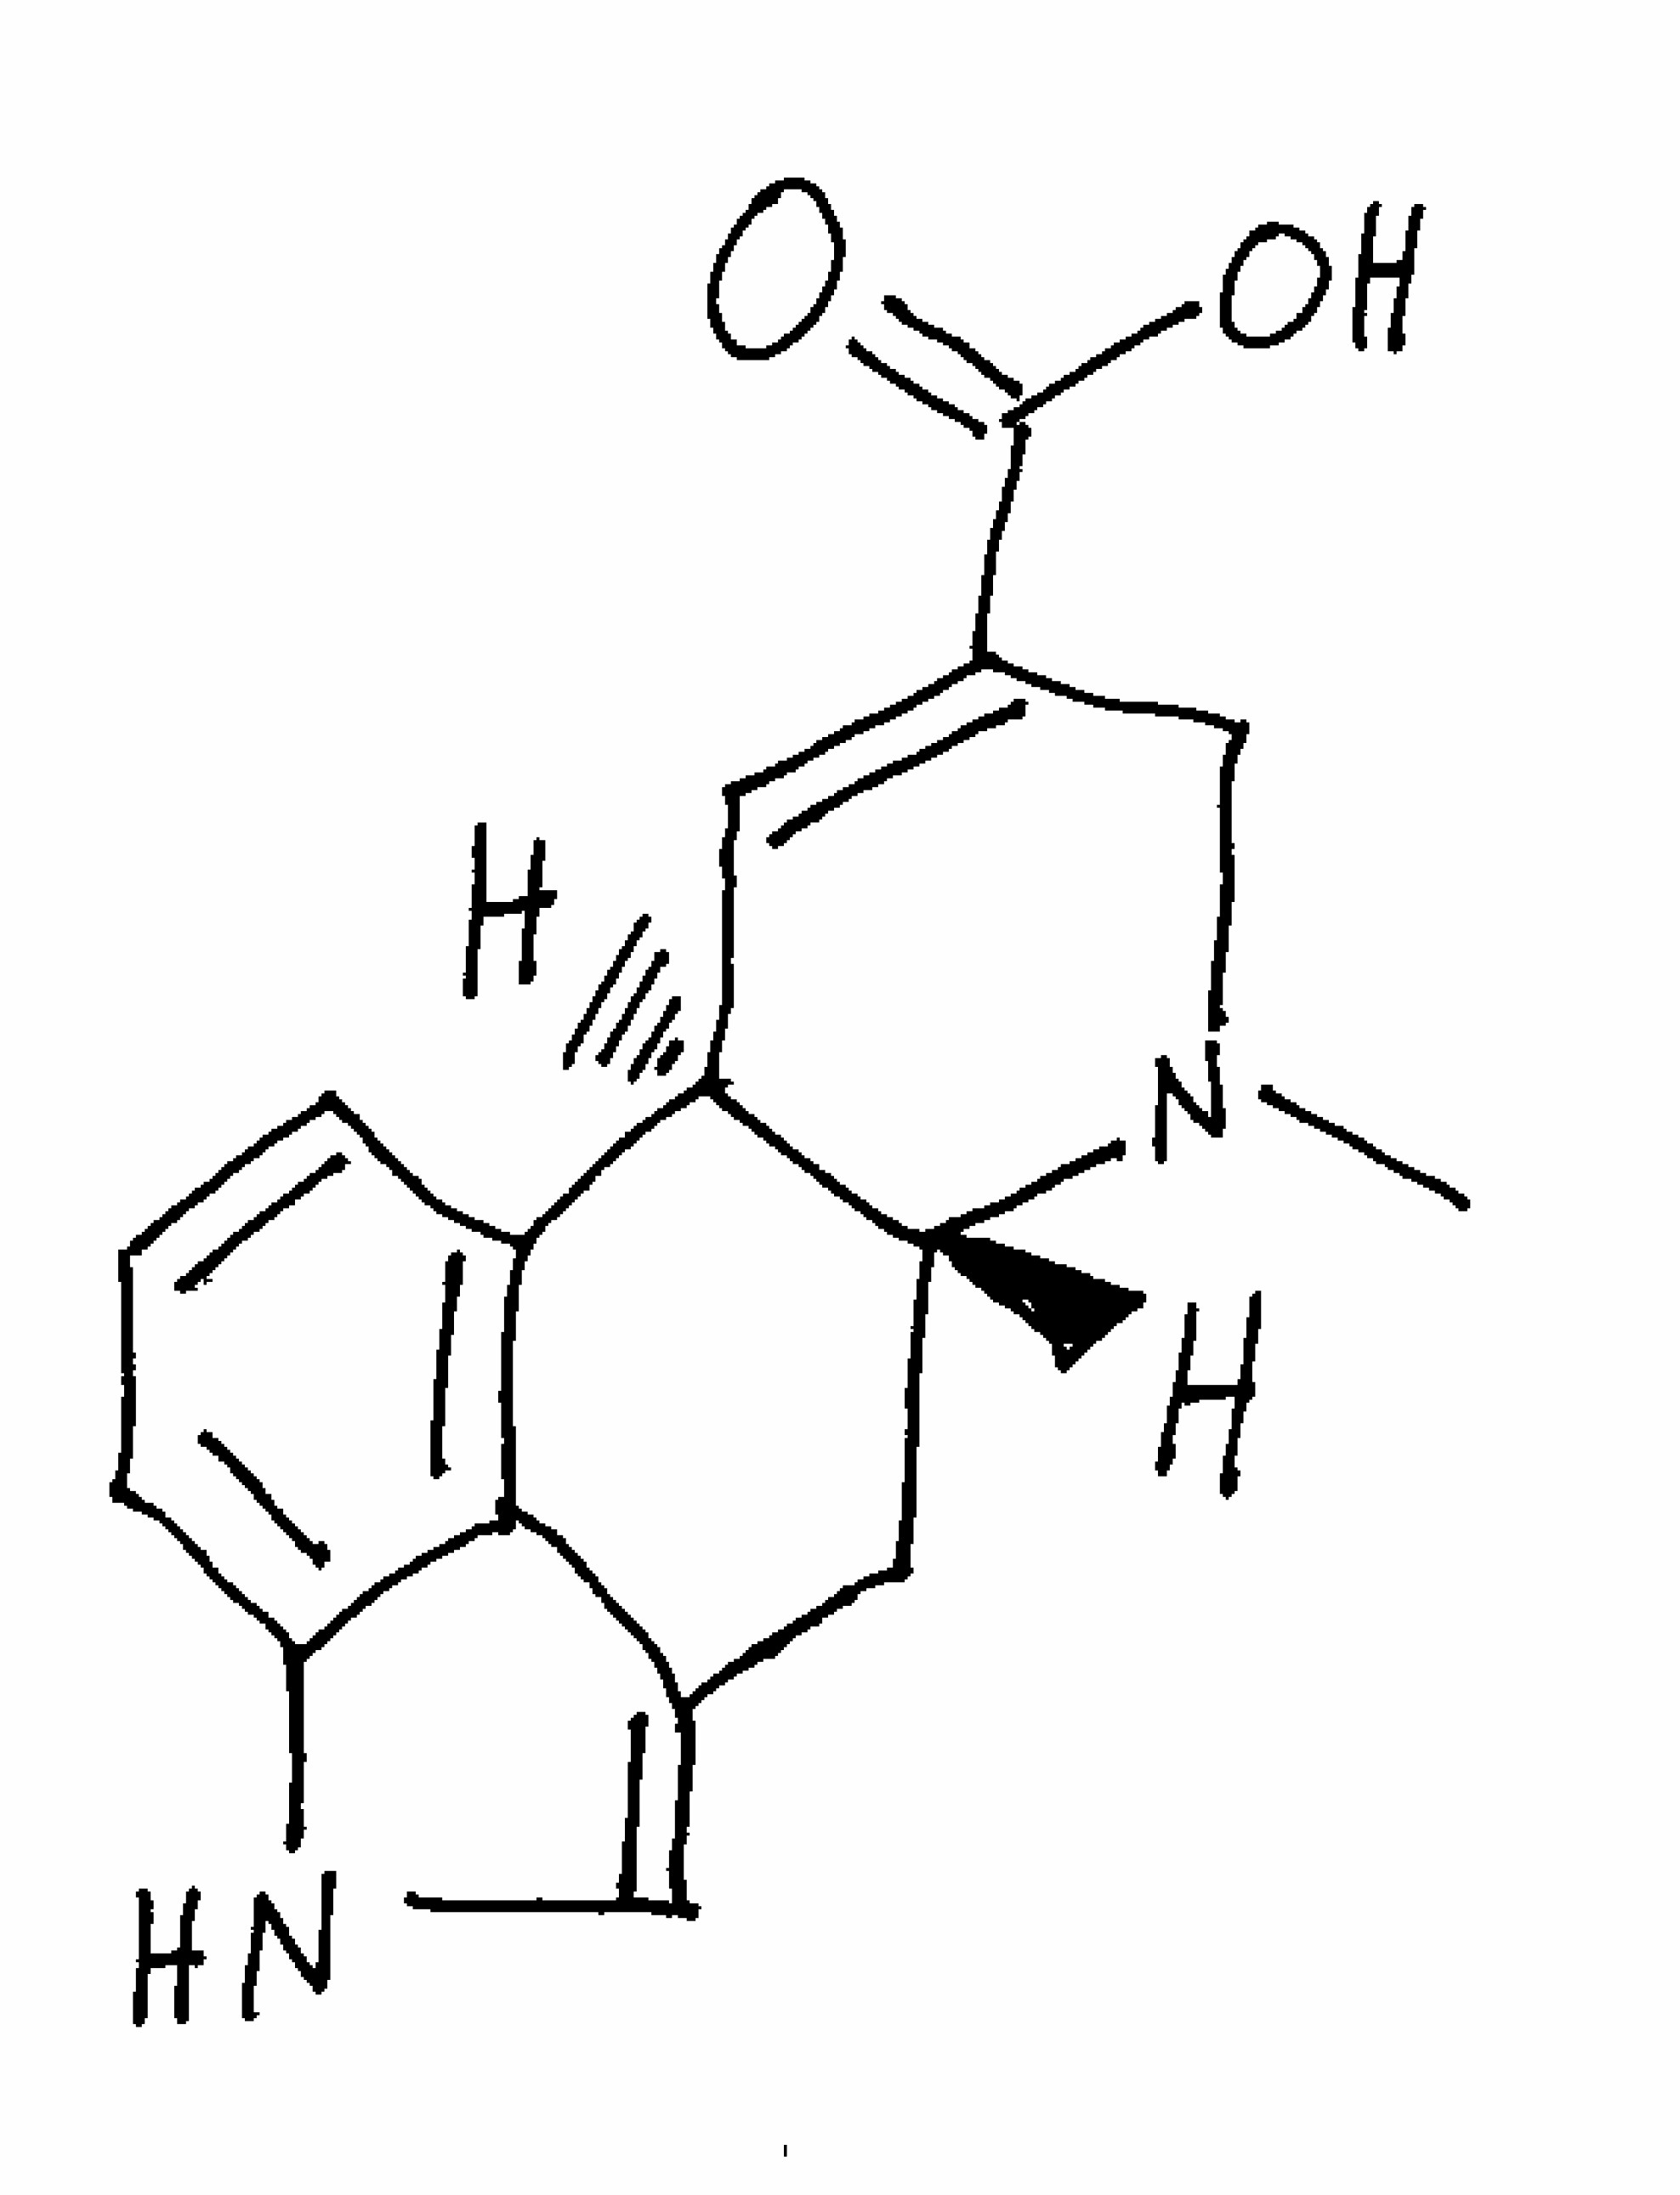
Simplified molecular-input line-entry system (SMILES) notation of the given molecule:
CN1CC(=C[C@H]2[C@H]1CC3=CNC4=CC=CC2=C34)C(=O)O